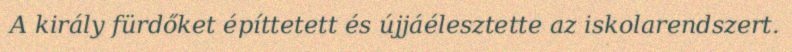
A király fürdőket építtetett és újjáélesztette az iskolarendszert.